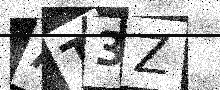
Text: AT3Z